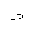
Letter: _dal